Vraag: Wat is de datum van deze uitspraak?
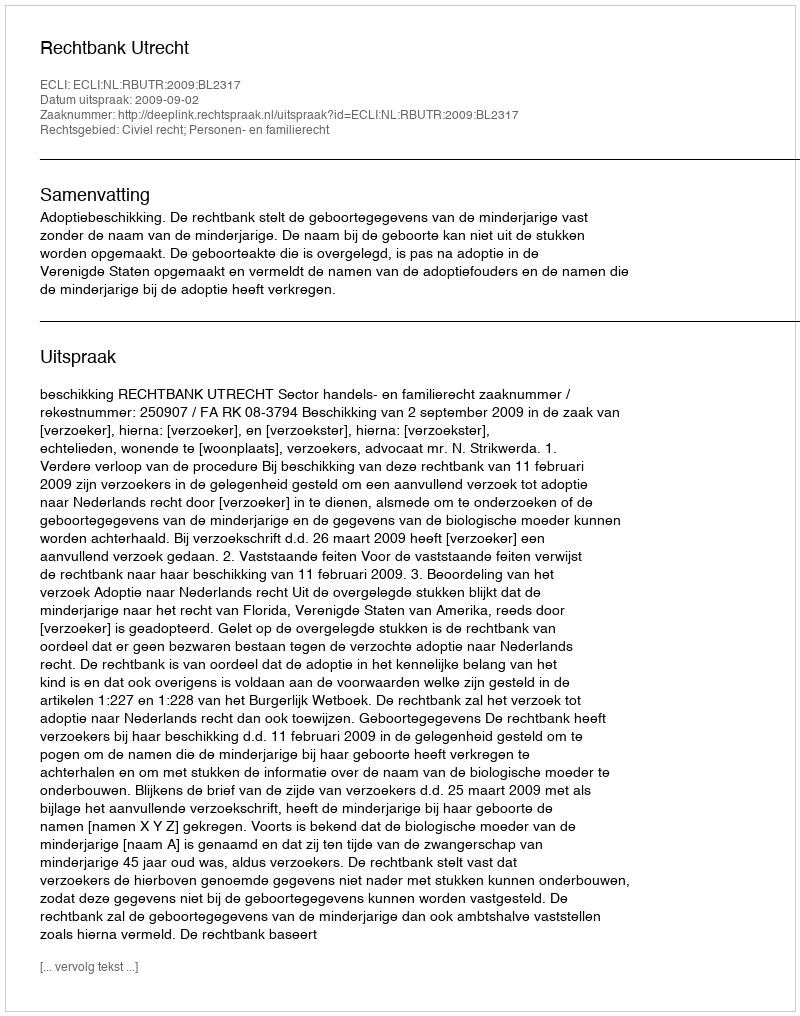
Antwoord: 2009-09-02